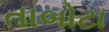
તાબોટા